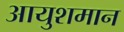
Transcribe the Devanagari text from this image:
आयुशमान